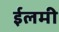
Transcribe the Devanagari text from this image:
ईलमी